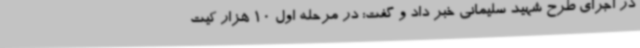
در اجرای طرح شهید سلیمانی خبر داد و گفت: در مرحله اول 10 هزار کیت